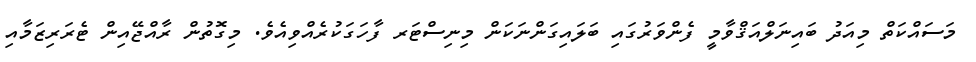
މަސައްކަތް މިއަދު ބައިނަލްއަޤްވާމީ ފެންވަރުގައި ބަލައިގަންނަކަން މިނިސްޓަރ ފާހަގަކުރެއްވިއެވެ. މިގޮތުން ރާއްޖޭއިން ޓެރަރިޒަމާއި